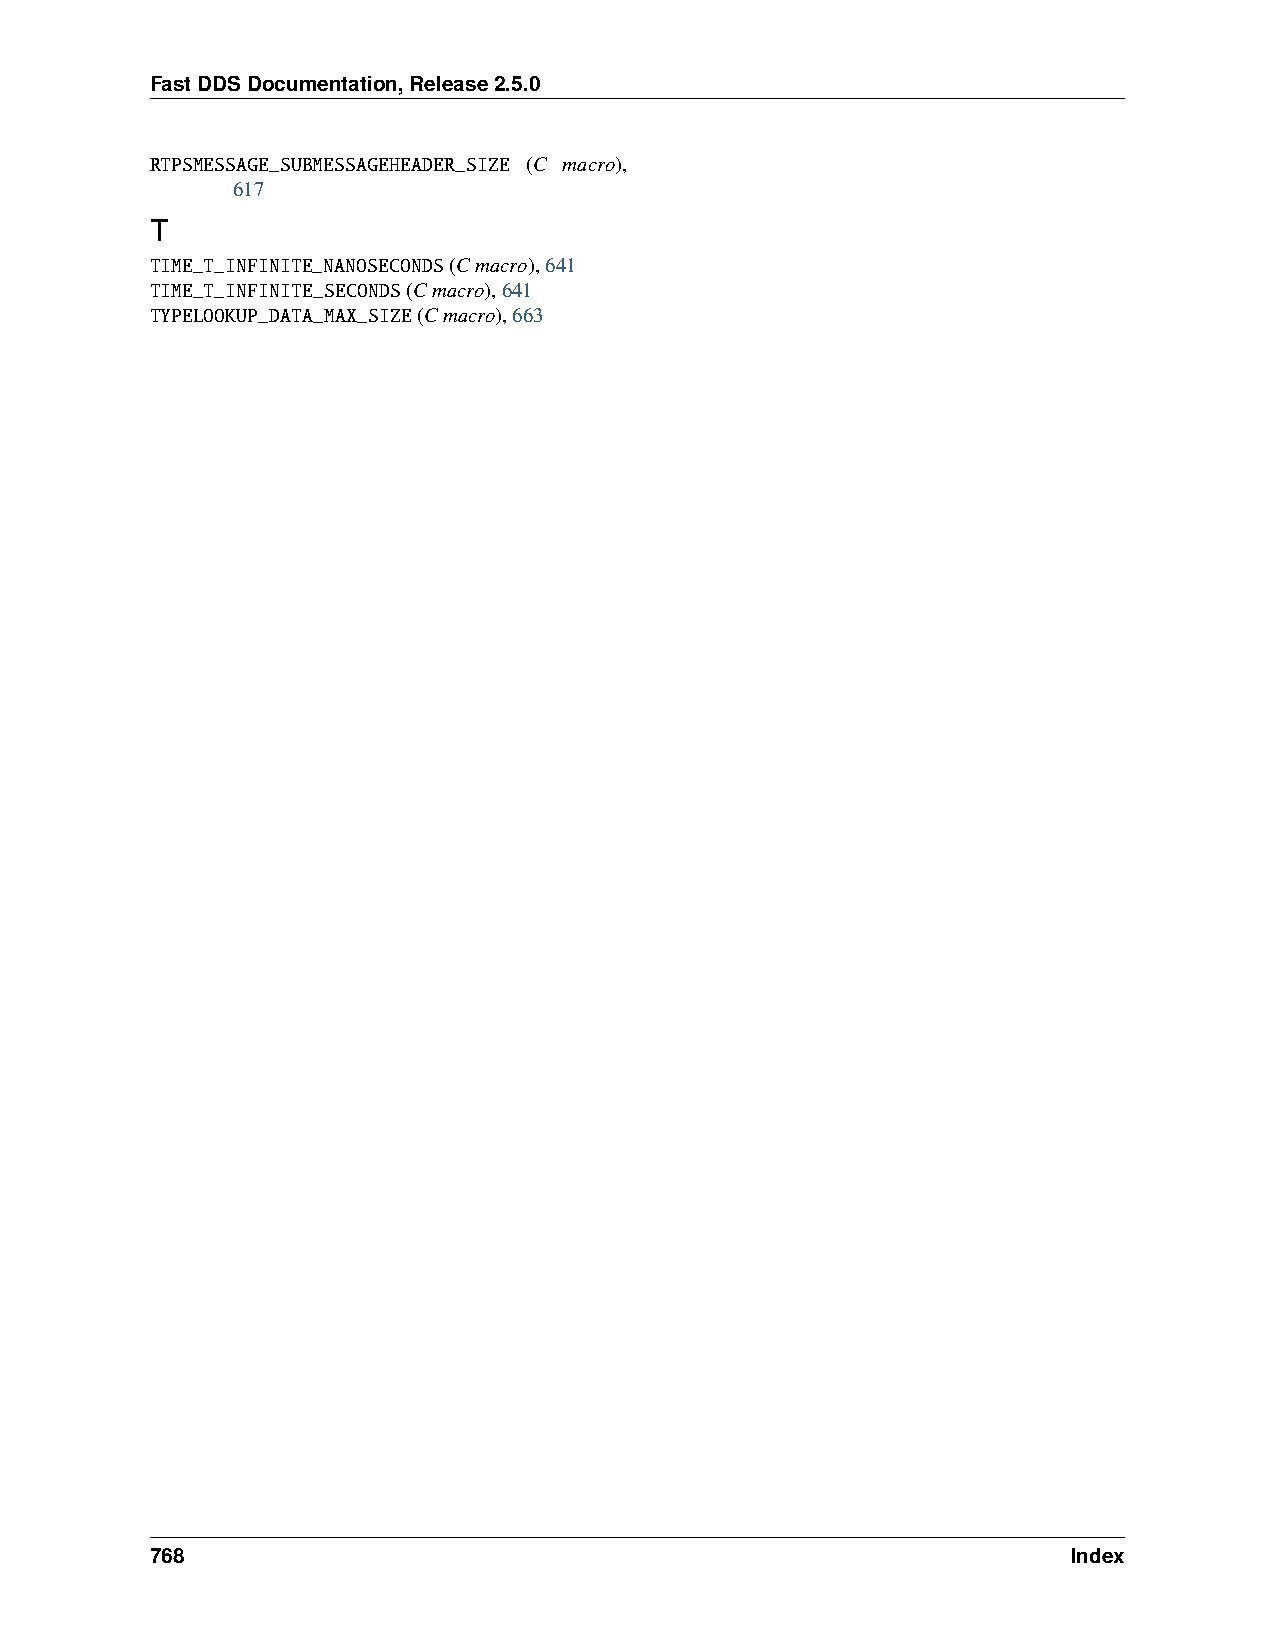
FastDDSDocumentation,Release2.5.0
 RTPSMESSAGE_SUBMESSAGEHEADER_SIZE (C macro),
 617
 T
 TIME_T_INFINITE_NANOSECONDS(Cmacro),641
 TIME_T_INFINITE_SECONDS(Cmacro),641
 TYPELOOKUP_DATA_MAX_SIZE(Cmacro),663
 768                                                          Index